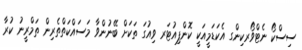
ސިސްކޯ ނެޓްވޯރކިންގ އެކަޑަމީއަކީ ކޮންޕިއުޓަރ ވިއުގަ ތަކަށް ބޭނުންވާ މަސައްކަތްތެރިން ތަމްރީނު ކުރާ